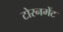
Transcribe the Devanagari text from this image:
टोरनमेंट